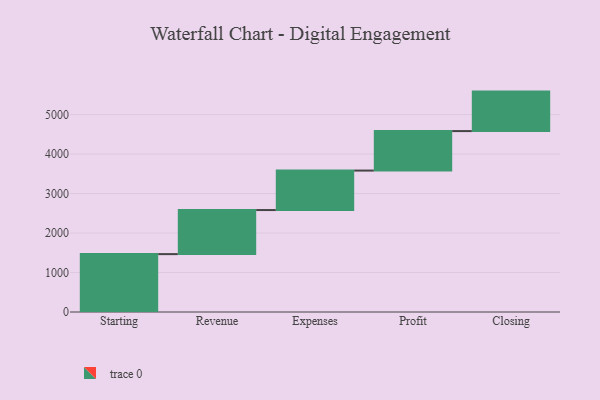
{"axis": {"x": "Step", "y": "Value"}, "legend": [""], "data": [{"x": "Starting", "y": 1466.0, "type": ""}, {"x": "Revenue", "y": 1116.0, "type": ""}, {"x": "Expenses", "y": 1000, "type": ""}, {"x": "Profit", "y": 1000, "type": ""}, {"x": "Closing", "y": 1000, "type": ""}]}